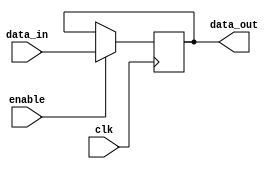
module memory_cell(
    input wire clk,
    input wire enable,
    input wire [7:0] data_in,
    output reg [7:0] data_out
);
    always @(posedge clk) begin
        if (enable) begin
            data_out <= data_in; // Simple write operation
        end
    end
endmodule